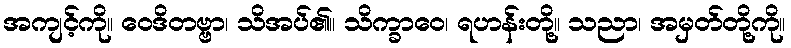
အကျင့်ကို။ ဝေဒိတဗ္ဗာ၊ သိအပ်၏။ သိက္ခာဝေ၊ ရဟန်းတို့။ သညာ၊ အမှတ်တို့ကို။